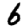
Digit: 6